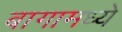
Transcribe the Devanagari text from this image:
बागामध्ये